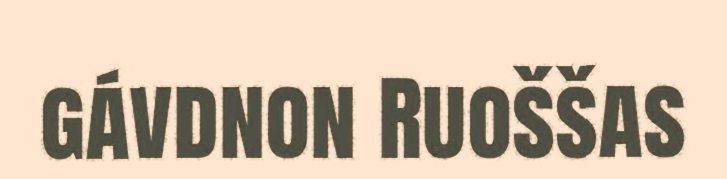
gávdnon Ruoššas